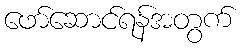
ဖော်ဆောင်ရန်အတွက်